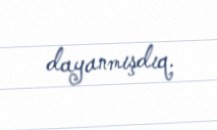
dayanmışdıq.